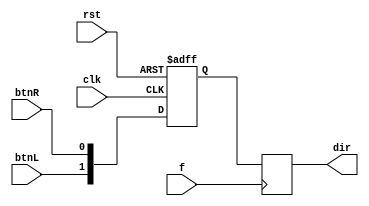
`timescale 1ns / 1ps

module moveDir(
	input clk,
	input rst,
	input f,
	input btnL,
	input btnR,
	output reg [1:0] dir // 00 or 11 -- stay, 01 -- right, 10 -- left
	);

reg [1:0] dir_temp;

always @ (posedge clk or posedge rst)
	if (rst == 1)
		dir_temp <= 2'b00;
	else
		dir_temp <= {btnL, btnR};

always @ (posedge f) dir <= dir_temp;

endmodule